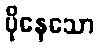
ပိုနေသော